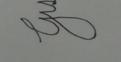
Signature authenticity: forged